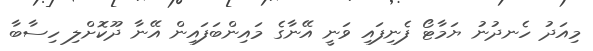
މިއަދު ހެނދުނު ޔަމާޓޯ ފެނިފައި ވަނީ އޭނާގެ މައިންބަފައިން އޭނާ ދޫކޮށްލި ހިސާބާ